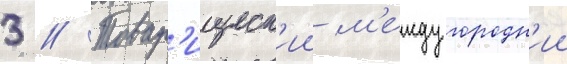
3 // Товар'ищеск'ии м'еждугородн'ии